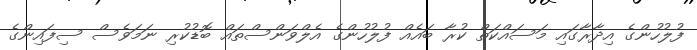
ފުލުހުންގެ އިދާރާގައި މަސައްކަތް ކުރާ ބައެއް ފުލުހުންގެ އެލްވަންސްތައް ބޮޑުކުރި ނަމަވެސް ސިފައިންގެ